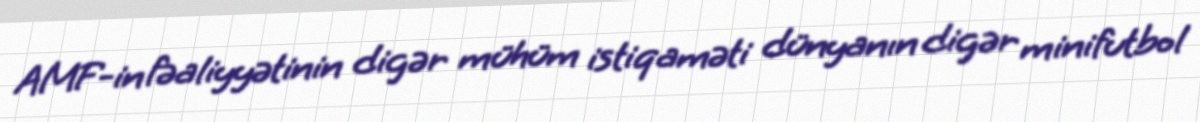
AMF-in fəaliyyətinin digər mühüm istiqaməti dünyanın digər minifutbol